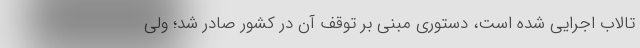
تالاب اجرایی شده است، دستوری مبنی بر توقف آن در کشور صادر شد؛ ولی